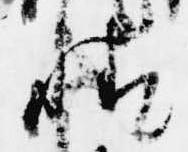
情